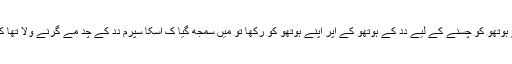
لگبھگ بِس مِنُت کے باد اُسنے جب اَپنے ہوتھو سے دِدِ کے ہوتھو کو چُسنے کے لِیے دِدِ کے ہوتھو کے اُپر اَپنے ہوتھو کو رکھا تو میں سمجھ گیا کِ اُسکا سپُرم دِدِ کے چُد مے گِرنے ولا تھا کیوکِ وو دِدِ کے چُد مے جور جور سے جھتکے مر رہا تھا۔